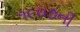
૧૯૦૭ની